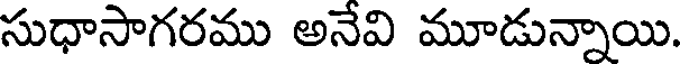
సుధాసాగరము అనేవి మూడున్నాయి.